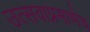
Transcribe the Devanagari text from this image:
उत्सवाप्रमाणेच